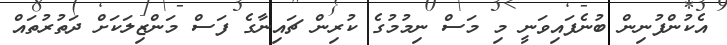
އެކުންފުނިން ބުނެފައިވަނީ މި މަސް ނިމުމުގެ ކުރިން ޗައިނާގެ ފަސް މަންޒިލަކަށް ދަތުރުތައް